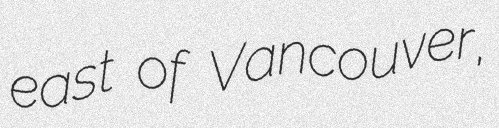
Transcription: east of Vancouver,